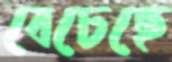
বেচেছে